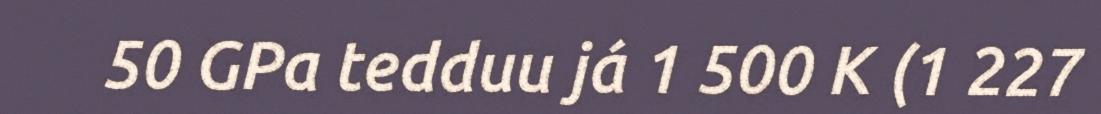
50 GPa tedduu já 1 500 K (1 227